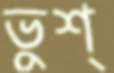
ভুশ্‌